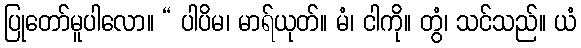
ပြုတော်မူပါလော။ “ ပါပိမ၊ မာရ်ယုတ်။ မံ၊ ငါကို။ တွံ၊ သင်သည်။ ယံ